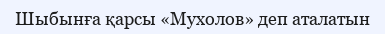
Шыбынға қарсы «Мухолов» деп аталатын